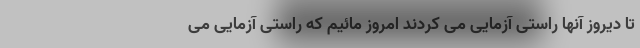
تا دیروز آنها راستی آزمایی می کردند امروز مائیم که راستی آزمایی می